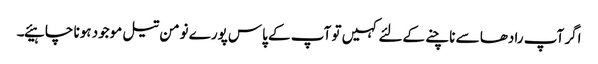
اگر آپ رادھا سے ناچنے کےلئے کہیں تو آپ کے پاس پورے نومن تیل موجود ہونا چا ہیئے۔